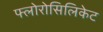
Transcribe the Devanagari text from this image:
फ्लोरोसिलिकेट